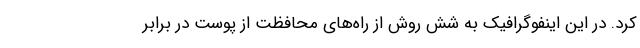
کرد. در این اینفوگرافیک به شش روش از راه‌های محافظت از پوست در برابر